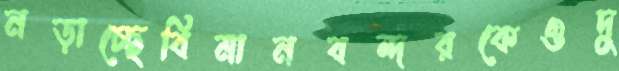
নড়াচ্ছেবিমানবন্দরকেওদু